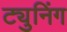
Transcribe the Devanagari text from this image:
ट्युनिंग